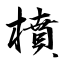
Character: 橨